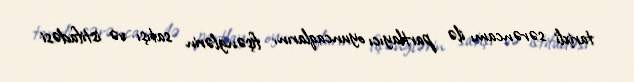
tarixli sərəncamı ilə partlayıcı oyuncaqların, fişənglərin satışı və istifadəsi